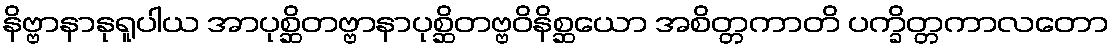
နိဗ္ဗာနာနုရူပါယ အာပုစ္ဆိတဗ္ဗာနာပုစ္ဆိတဗ္ဗဝိနိစ္ဆယော အစိတ္တကာတိ ပက္ခိတ္တကာလတော